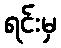
ရင်းမှ